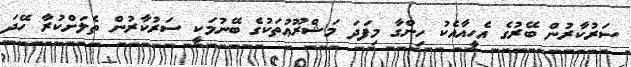
ސަރުކާރުން ބޭރުގެ އެހީއާއެކު ހިންގާ މިފަދަ މަޝްރޫޢުތަކުގެ ބޭނުމަކީ ސަރުކާރުން ތެލަށްކުރާ ހޭދަ